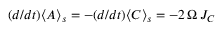
( d / d t ) \langle A \rangle _ { s } = - ( d / d t ) \langle C \rangle _ { s } = - 2 \, \Omega \, { \cal J _ { C } }